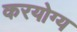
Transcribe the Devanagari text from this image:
करयोग्य